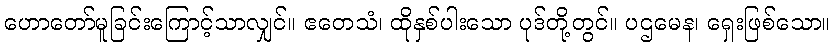
ဟောတော်မူခြင်းကြောင့်သာလျှင်။ ဧတေသံ၊ ထိုနှစ်ပါးသော ပုဒ်တို့တွင်။ ပဌမေန၊ ရှေးဖြစ်သော။